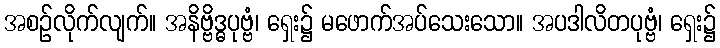
အစဉ်လိုက်လျက်။ အနိဗ္ဗိဒ္ဓပုဗ္ဗံ၊ ရှေး၌ မဖောက်အပ်သေးသော။ အပဒါလိတပုဗ္ဗံ၊ ရှေး၌